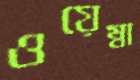
ওয়েম্বা